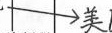
##\searrow 美&##